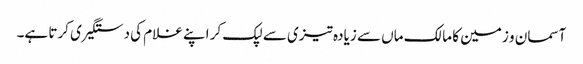
آسمان و زمین کا مالک ماں سے زیادہ تیزی سے لپک کر اپنے غلام کی دستگیری کرتا ہے۔